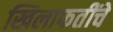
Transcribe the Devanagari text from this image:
खिलाफतींचे